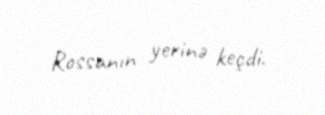
Rossanın yerinə keçdi.